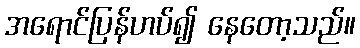
အရောင်ပြန်ဟပ်၍ နေတော့သည်။